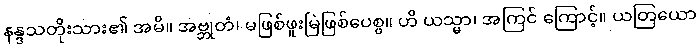
နန္ဒသတိုးသား၏ အမိ။ အဗ္ဘုတံ၊ မဖြစ်ဖူးမြဲဖြစ်ပေစွ။ ဟိ ယသ္မာ၊ အကြင် ကြောင့်။ ယတြယော